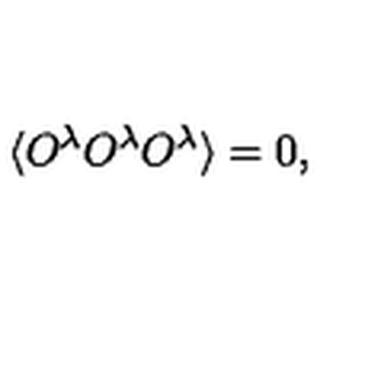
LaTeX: \langle O ^ { \lambda } O ^ { \lambda } O ^ { \lambda } \rangle = 0 ,